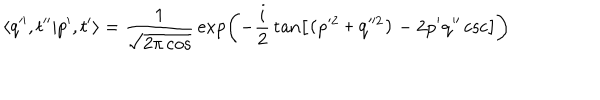
\langle q ^ { \prime \prime } , t ^ { \prime \prime } | p ^ { \prime } , t ^ { \prime } \rangle = { \frac { 1 } { \sqrt { 2 \pi \cos \tt } } } \exp \left( - { \frac { i } { 2 } } \tan \tt \left[ ( p ^ { 2 } + q ^ { 2 } ) - 2 p ^ { \prime } q ^ { \prime \prime } \csc \tt \right] \right)